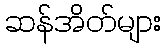
ဆန်အိတ်များ